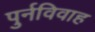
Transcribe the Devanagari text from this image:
पुर्नविवाह